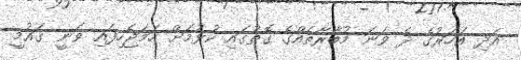
އަދި އަހަރުގެ ދެ ވަނަ މުބާރާތެއްގެ ގޮތުގައި ކުޅުމަށް ހަމަޖެހިފައި ވަނީ ގައުމީ